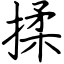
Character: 揉